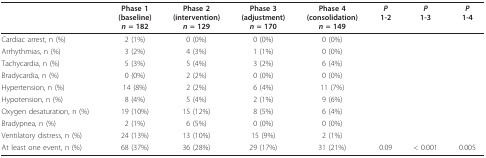
<table><thead><tr><td></td><td><b>Phase 1(baseline)<i>n </i>= 182</b></td><td><b>Phase 2(intervention)<i>n </i>= 129</b></td><td><b>Phase 3(adjustment)<i>n </i>= 170</b></td><td><b>Phase 4(consolidation)<i>n </i>= 149</b></td><td><b><i>P</i>1-2</b></td><td><b><i>P</i>1-3</b></td><td><b><i>P</i>1-4</b></td></tr></thead><tbody><tr><td>Cardiac arrest, n (%)</td><td>2 (1%)</td><td>0 (0%)</td><td>0 (0%)</td><td>0 (0%)</td><td></td><td></td><td></td></tr><tr><td>Arrhythmias, n (%)</td><td>3 (2%)</td><td>4 (3%)</td><td>1 (1%)</td><td>0 (0%)</td><td></td><td></td><td></td></tr><tr><td>Tachycardia, n (%)</td><td>5 (3%)</td><td>5 (4%)</td><td>3 (2%)</td><td>6 (4%)</td><td></td><td></td><td></td></tr><tr><td>Bradycardia, n (%)</td><td>0 (0%)</td><td>2 (2%)</td><td>0 (0%)</td><td>0 (0%)</td><td></td><td></td><td></td></tr><tr><td>Hypertension, n (%)</td><td>14 (8%)</td><td>2 (2%)</td><td>6 (4%)</td><td>11 (7%)</td><td></td><td></td><td></td></tr><tr><td>Hypotension, n (%)</td><td>8 (4%)</td><td>5 (4%)</td><td>2 (1%)</td><td>9 (6%)</td><td></td><td></td><td></td></tr><tr><td>Oxygen desaturation, n (%)</td><td>19 (10%)</td><td>15 (12%)</td><td>8 (5%)</td><td>6 (4%)</td><td></td><td></td><td></td></tr><tr><td>Bradypnea, n (%)</td><td>2 (1%)</td><td>6 (5%)</td><td>0 (0%)</td><td>0 (0%)</td><td></td><td></td><td></td></tr><tr><td>Ventilatory distress, n (%)</td><td>24 (13%)</td><td>13 (10%)</td><td>15 (9%)</td><td>2 (1%)</td><td></td><td></td><td></td></tr><tr><td>At least one event, n (%)</td><td>68 (37%)</td><td>36 (28%)</td><td>29 (17%)</td><td>31 (21%)</td><td>0.09</td><td>&lt; 0.001</td><td>0.005</td></tr></tbody></table>